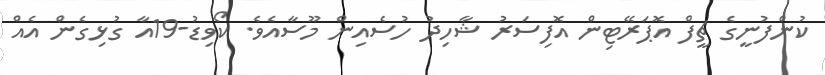
ކުންފުނީގެ ޗީފް އޮޕަރޭޓިން އޮފިސަރު ޝާހިދު ހުސެއިން މޫސާއެވެ. ކޯވިޑު-19އާ ގުޅިގެން އެއް